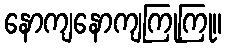
နောကျနောကျကြုကြု။